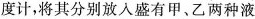
度计，将其分别放入盛有甲、乙两种液